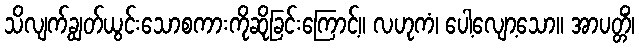
သိလျက်ချွတ်ယွင်းသောစကားကိုဆိုခြင်းကြောင့်။ လဟုကံ၊ ပေါ့လျော့သော။ အာပတ္တိံ၊